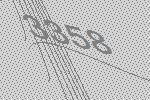
3358